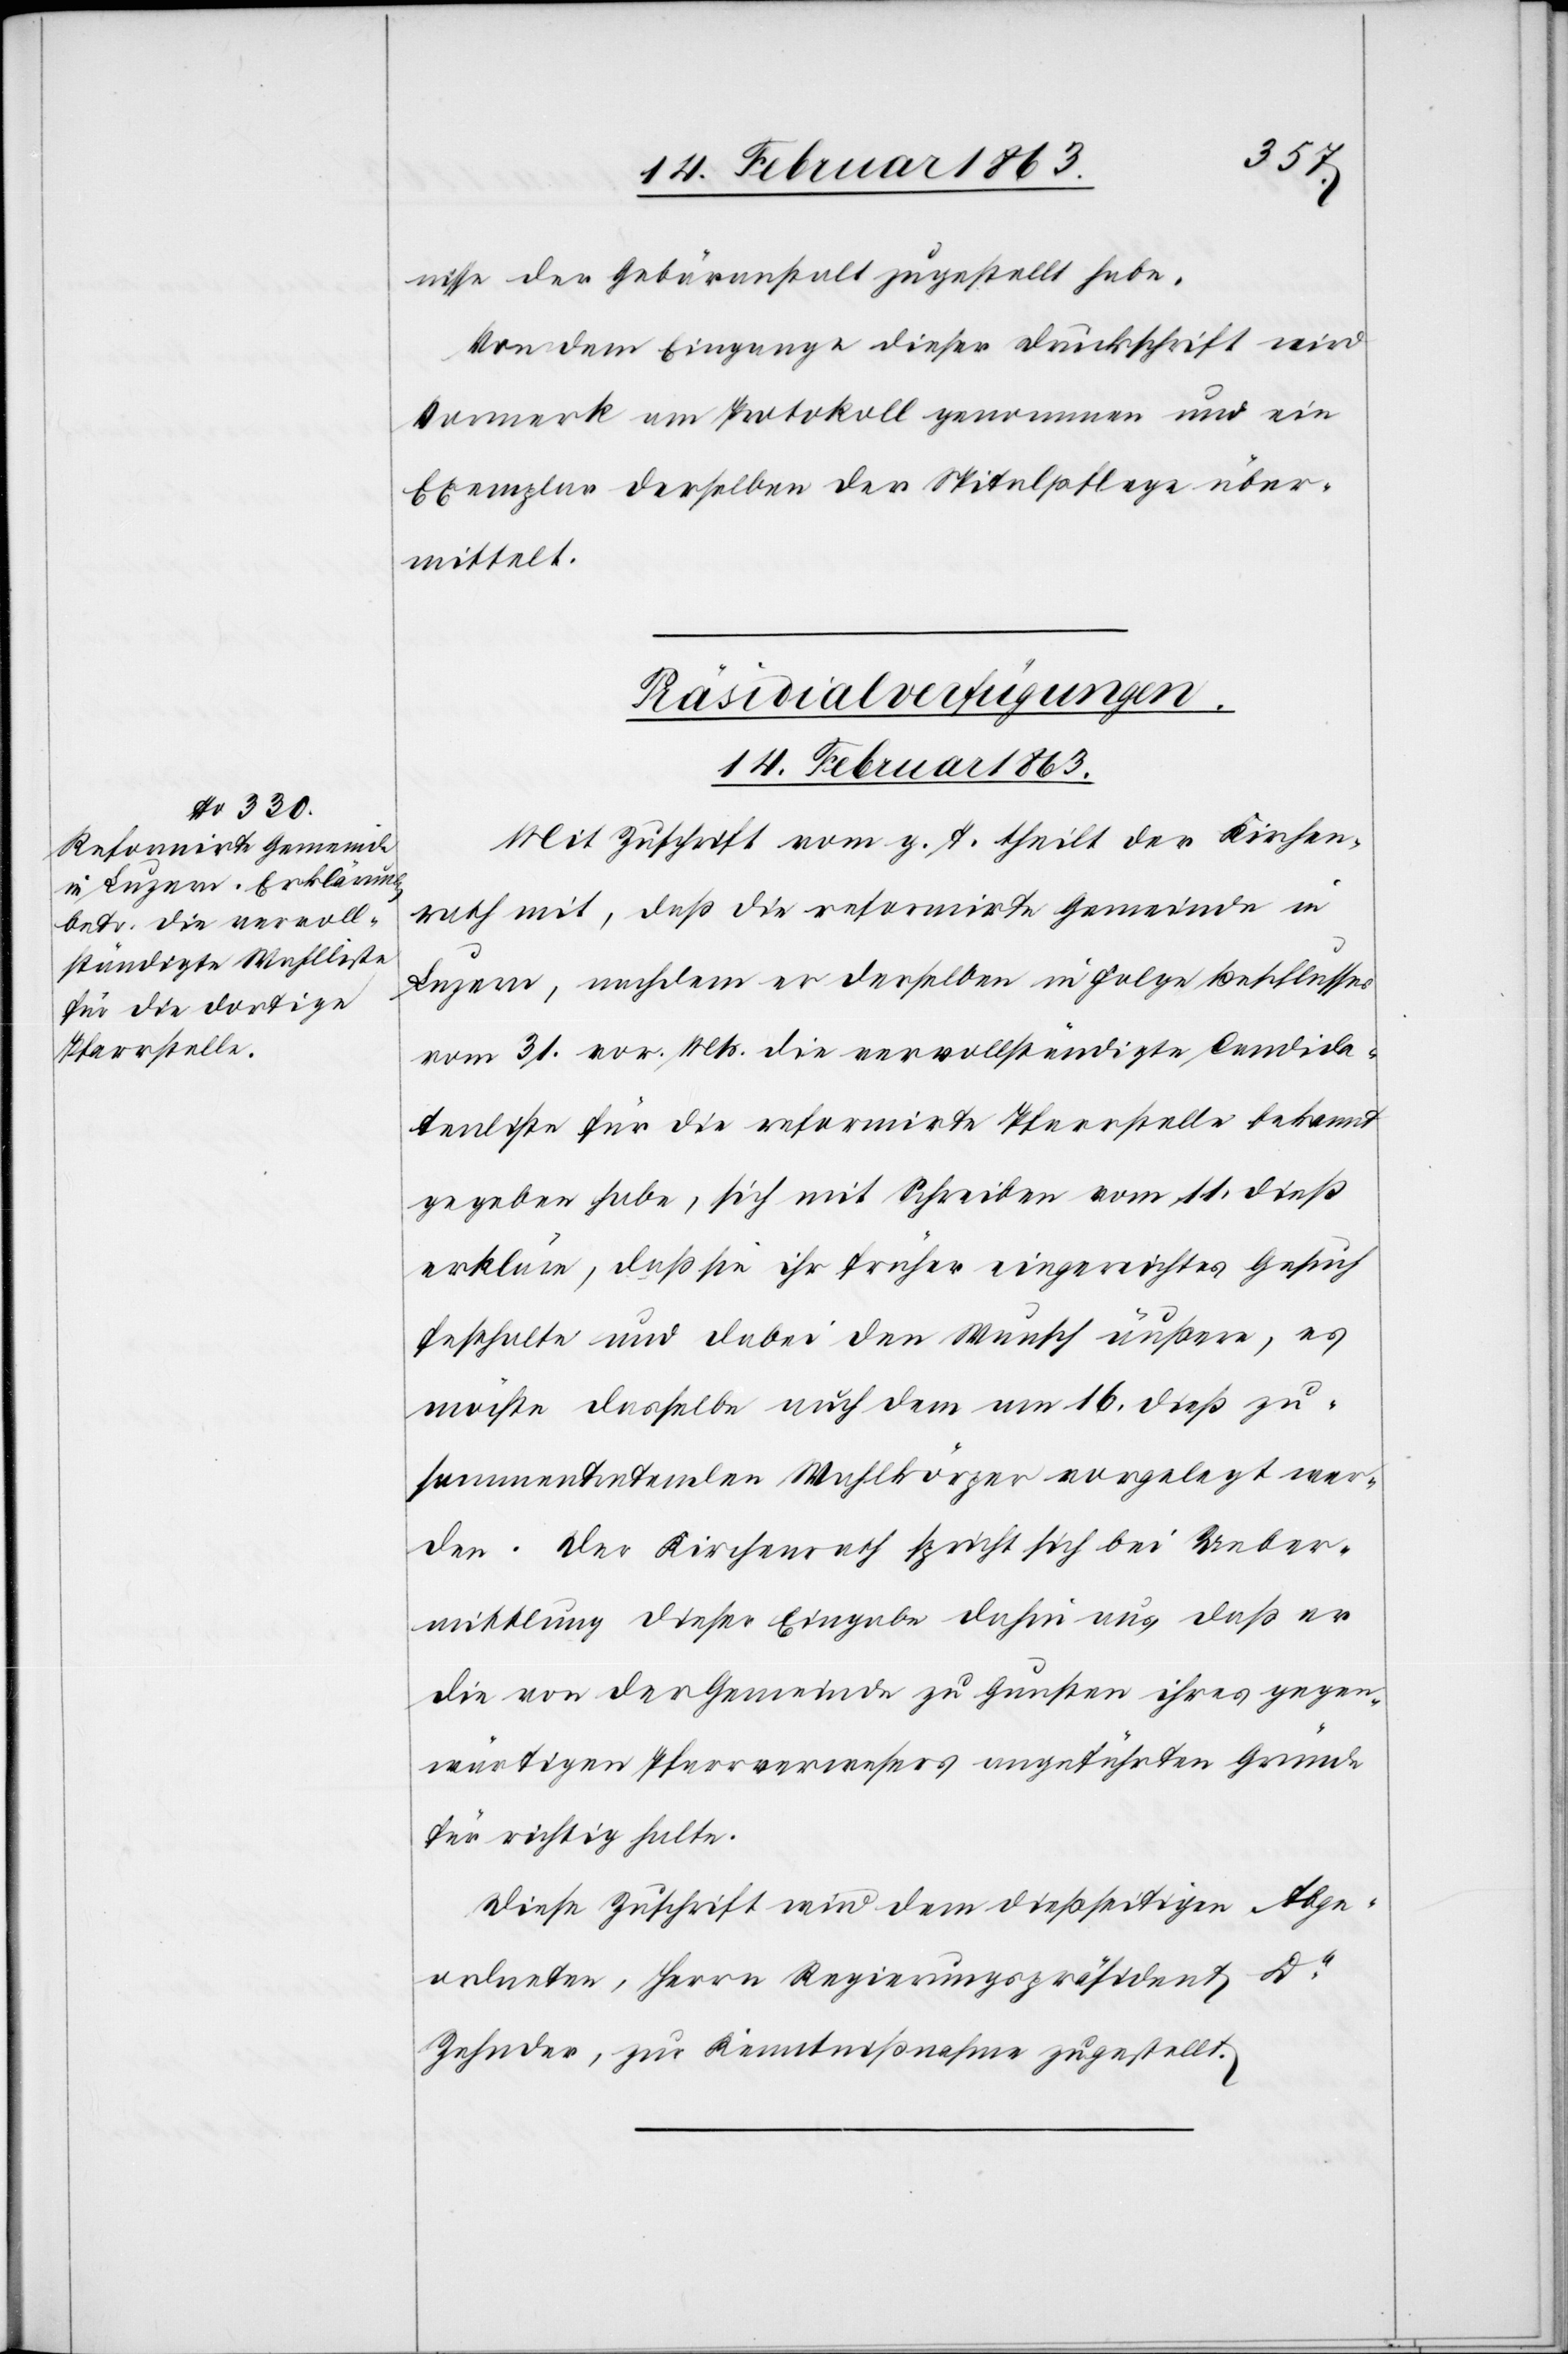
nisse der Gebäranstalt zugestellt habe.
Von dem Eingange dieser Druckschrift wird
Vormerk am Protokoll genommen und ein
Exemplar derselben der Spitalpflege über¬
mittelt.
Präsidialverfügungen.
14. Februar 1863.
Mit Zuschrift vom g. T. theilt der Kirchen¬
rath mit, daß die reformirte Gemeinde in
Luzern, nachdem er derselben in Folge Beschlusses
vom 31. vor. Mts. die vervollständigte Candida¬
tenliste für die reformirte Pfarrstelle bekannt
gegeben habe, sich mit Schreiben vom 11. dieß
erkläre, daß sie ihr früher eingereichtes Gesuch
festhalte und dabei den Wunsch äußere, es
möchte dasselbe auch dem am 16. dieß zu¬
sammentretenden Wahlkörper vorgelegt wer¬
den. Der Kirchenrath spricht sich bei Ueber¬
mittlung dieser Eingabe dahin aus, daß er
die von der Gemeinde zu Gunsten ihres gegen¬
wärtigen Pfarrverwesers angeführten Gründe
für richtig halte.
Diese Zuschrift wird dem dießseitigen Abge¬
ordneten, Herrn Regierungspräsident Dr
Zehnder, zur Kenntnißnahme zugestellt.